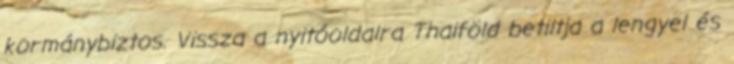
kormánybiztos. Vissza a nyitóoldalra Thaiföld betiltja a lengyel és